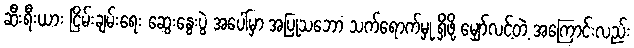
ဆီးရီးယား ငြိမ်းချမ်းရေး ဆွေးနွေးပွဲ အပေါ်မှာ အပြုသဘော သက်ရောက်မှု ရှိဖို့ မျှော်လင့်တဲ့ အကြောင်းလည်း